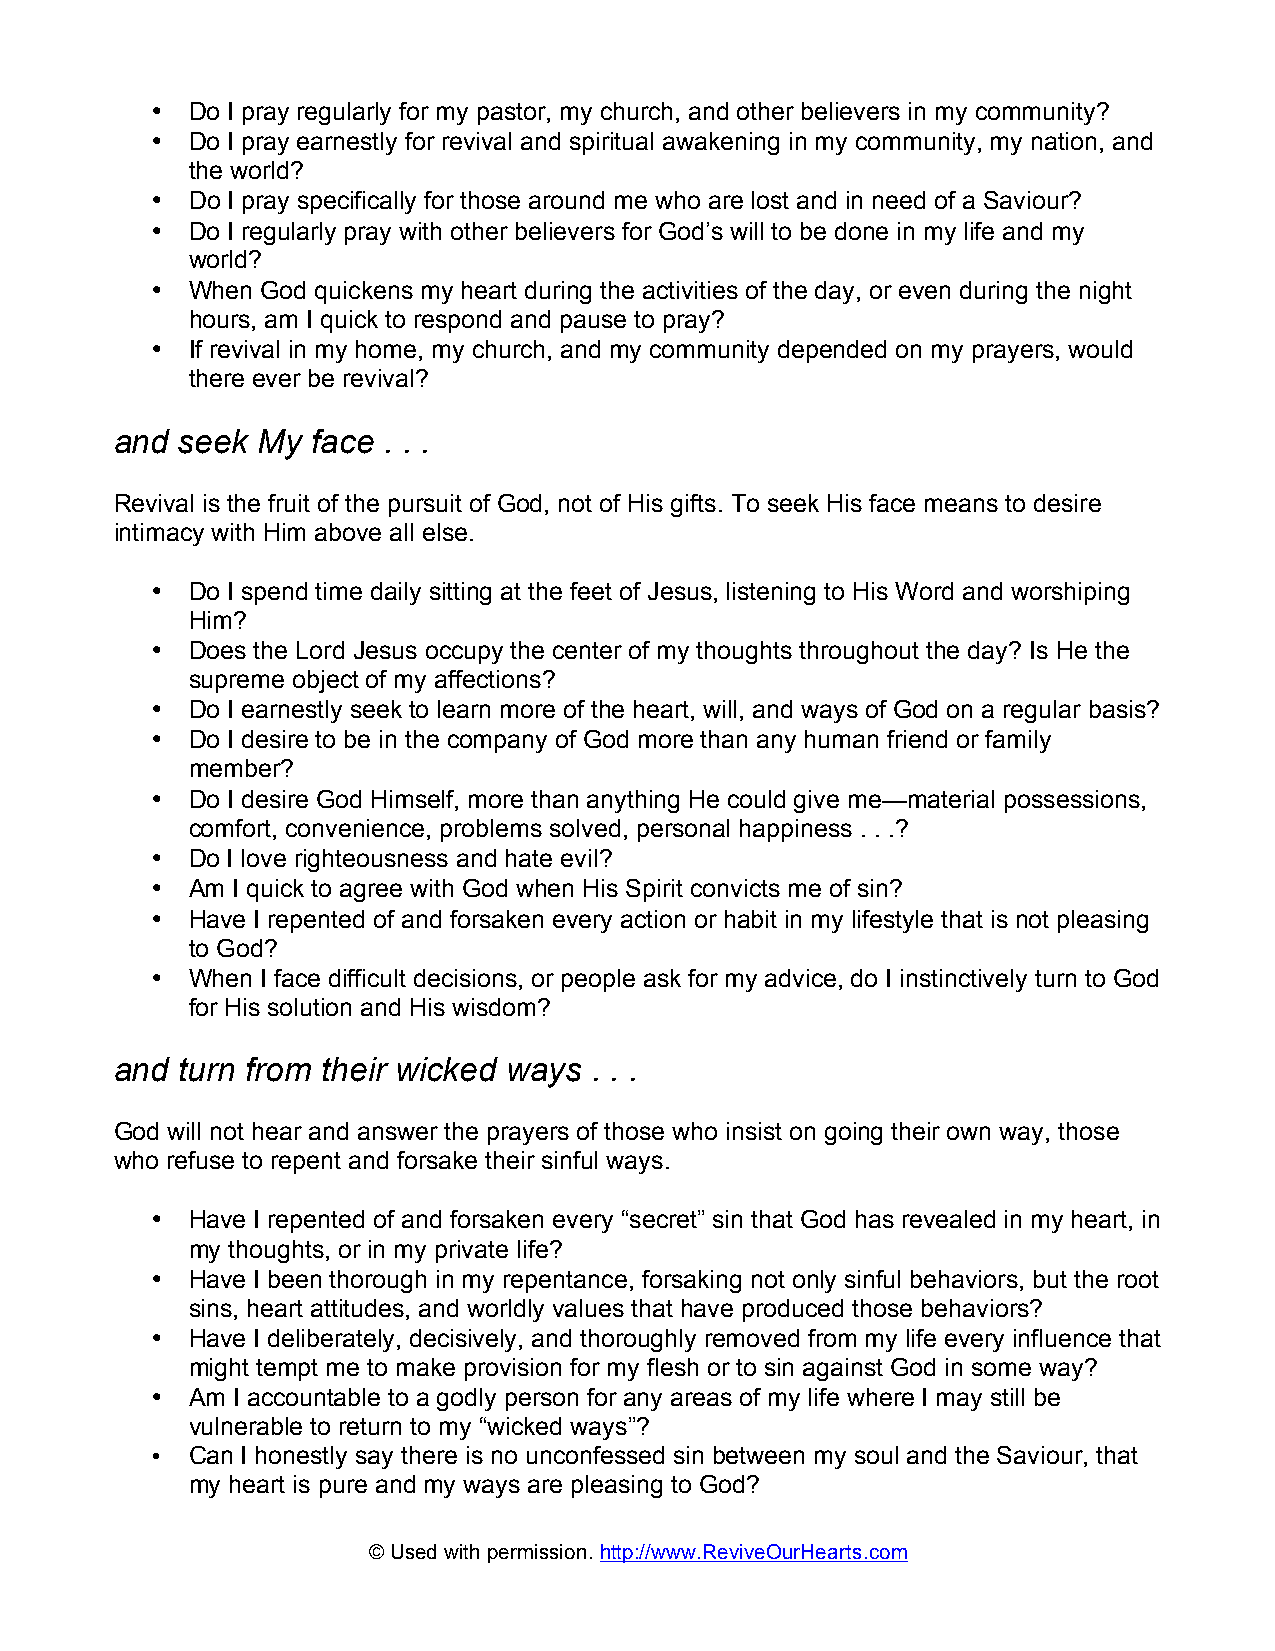
• Do I pray regularly for my pastor, my church, and other believers in my community?
 • Do I pray earnestly for revival and spiritual awakening in my community, my nation, and
 the world?
 • Do I pray specifically for those around me who are lost and in need of a Saviour?
 • Do I regularly pray with other believers for God’s will to be done in my life and my
 world?
 • When God quickens my heart during the activities of the day, or even during the night
 hours, am I quick to respond and pause to pray?
 • If revival in my home, my church, and my community depended on my prayers, would
 there ever be revival?
 and seek My  face . . .
 Revival is the fruit of the pursuit of God, not of His gifts. To seek His face means to desire
 intimacy with Him above all else.
 • Do I spend time daily sitting at the feet of Jesus, listening to His Word and worshiping
 Him?
 • Does the Lord Jesus occupy the center of my thoughts throughout the day? Is He the
 supreme object of my affections?
 • Do I earnestly seek to learn more of the heart, will, and ways of God on a regular basis?
 • Do I desire to be in the company of God more than any human friend or family
 member?
 • Do I desire God Himself, more than anything He could give me—material possessions,
 comfort, convenience, problems solved, personal happiness . . .?
 • Do I love righteousness and hate evil?
 • Am I quick to agree with God when His Spirit convicts me of sin?
 • Have I repented of and forsaken every action or habit in my lifestyle that is not pleasing
 to God?
 • When I face difficult decisions, or people ask for my advice, do I instinctively turn to God
 for His solution and His wisdom?
 and turn from their wicked ways . . .
 God will not hear and answer the prayers of those who insist on going their own way, those
 who refuse to repent and forsake their sinful ways.
 • Have I repented of and forsaken every “secret” sin that God has revealed in my heart, in
 my thoughts, or in my private life?
 • Have I been thorough in my repentance, forsaking not only sinful behaviors, but the root
 sins, heart attitudes, and worldly values that have produced those behaviors?
 • Have I deliberately, decisively, and thoroughly removed from my life every influence that
 might tempt me to make provision for my flesh or to sin against God in some way?
 • Am I accountable to a godly person for any areas of my life where I may still be
 vulnerable to return to my “wicked ways”?
 • Can I honestly say there is no unconfessed sin between my soul and the Saviour, that
 my heart is pure and my ways are pleasing to God?
 © Used with permission. http://www.ReviveOurHearts.com